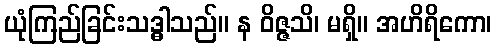
ယုံကြည်ခြင်းသဒ္ဓါသည်။ န ဝိဇ္ဇသိ၊ မရှိ။ အဟိရိကော၊